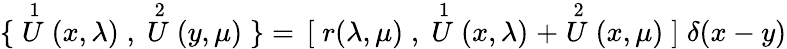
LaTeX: \{ \; \stackrel{1}{U}(x,\lambda)\; ,\; \stackrel{2}{U}(y,\mu)\; \} =\, {[}\; r(\lambda,\mu)\; ,\; \stackrel{1}{U}(x,\lambda)\; +\stackrel{2}{U}(x,\mu)\; {]}\; \delta(x-y)